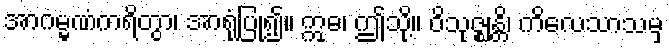
အာဂမ္မဏံကရိတွာ၊ အာရုံပြု၍။ ဣဓ၊ ဤသို့။ ဝိသုဇ္ဈန္တိ၊ ကိလေသာသမှ